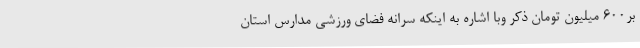
بر600 میلیون تومان ذکر وبا اشاره به اینکه سرانه فضای ورزشی مدارس استان